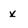
Character: x